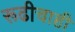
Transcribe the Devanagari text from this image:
रूढीचाही